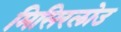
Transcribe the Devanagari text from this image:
मिसिरलोउ